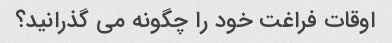
اوقات فراغت خود را چگونه می گذرانید؟